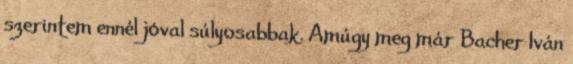
szerintem ennél jóval súlyosabbak. Amúgy meg már Bacher Iván